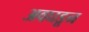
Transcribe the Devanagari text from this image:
अवघडून